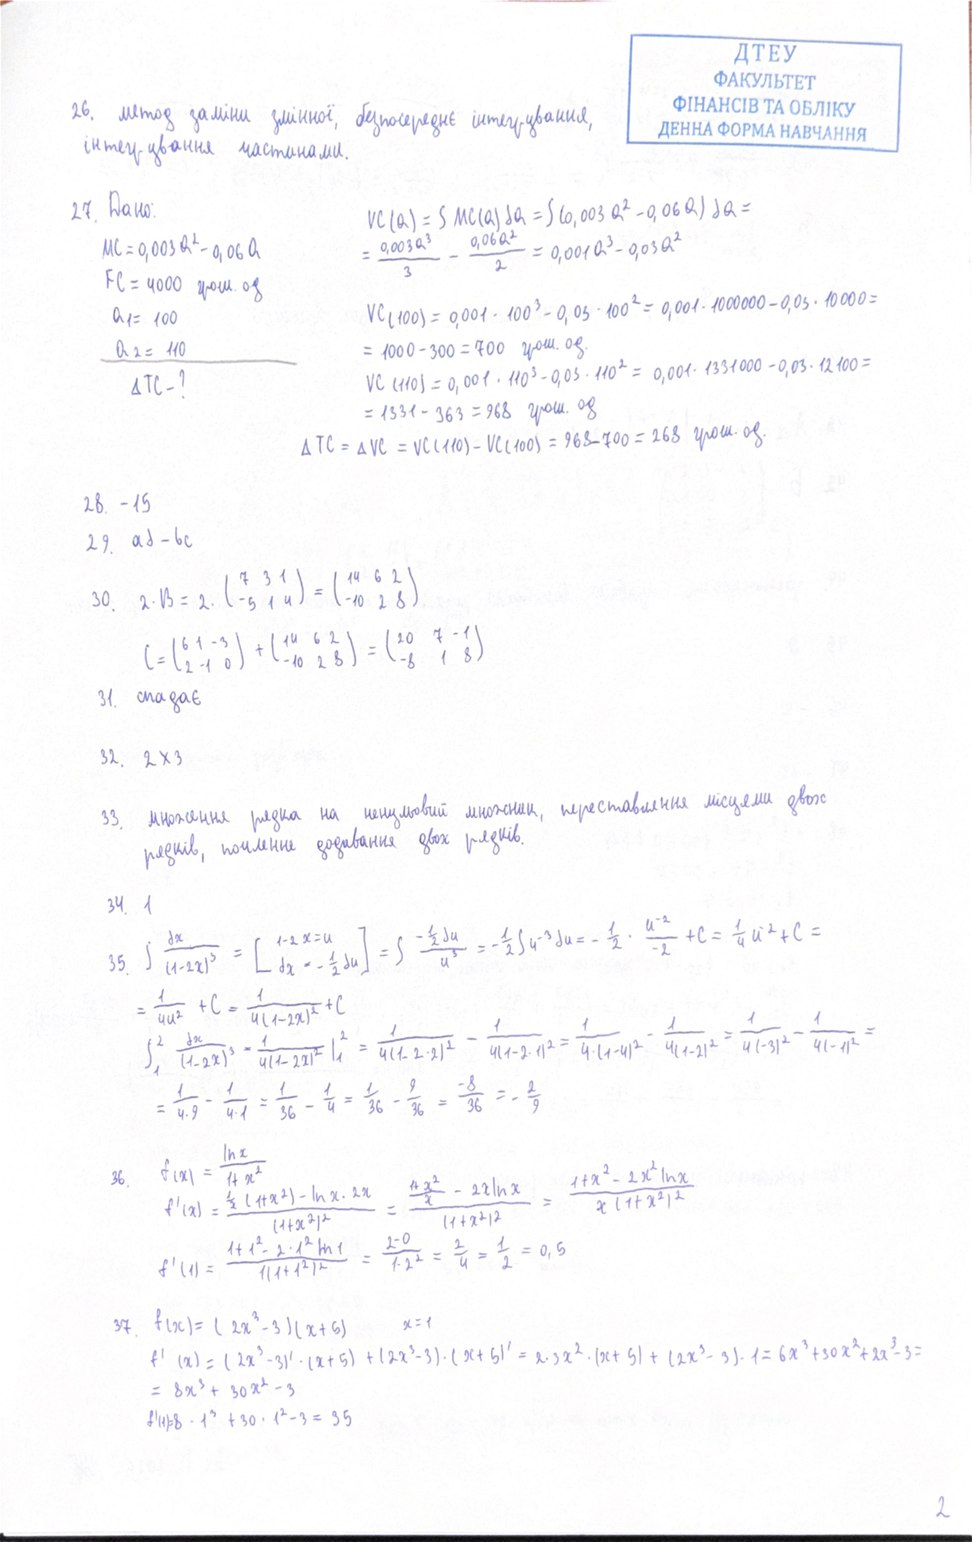
ДТЕУ
ФАКУЛЬТЕТ
ФІНАНСІВ ТА ОБЛІКУ
ДЕННО ФЕРМА НАВЧАННЯ
26. метод заміни змінної, безпосереднє інтегрування,
інтегрування частинами.
27. Дано:
VC(Q) = \int MC(Q) dQ = \int (0,003 Q^2 - 0,06 Q) dQ =
= \frac{0,003 Q^3}{3} - \frac{0,06 Q^2}{2} = 0,001 Q^3 - 0,03 Q^2
MC = 0,003 Q^2 - 0,06 Q
FC = 4000 грош. од
VC_{(100)} = 0,001 \cdot 100^3 - 0,03 \cdot 100^2 = 0,001 \cdot 1000 - 0,03 \cdot 1000 =
a1 = 100
= 1000 - 300 = 700 \text{ грош. од.}
a 2 = 110
VC(110) = 0,001 \cdot 110^3 - 0,03 \cdot 110^2 = 0,001 \cdot 1331000 - 0,03 \cdot 12100 =
ΔTC - ?
VC(110) = 0,001 \cdot 110^3 - 0,03 \cdot 110^2 \\ = 1331 - 363 = 968 \text{ грош. од}
\Delta TC = \Delta VC = VC(110) - VC(100) = 968 - 700 = 268 \text{ грош. од.}
28. - 15
29 ad - bc
30. \quad 2 \cdot B = 2 \cdot \begin{pmatrix} 7 & 3 & 1 \\ -5 & 1 & 4 \end{pmatrix} = \begin{pmatrix} 14 & 6 & 2 \\ -10 & 2 & 8 \end{pmatrix}
C = \begin{pmatrix} 6 & 1 & -3 \\ 2 & -1 & 0 \end{pmatrix} + \begin{pmatrix} 14 & 6 & 2 \\ -10 & 2 & 8 \end{pmatrix} = \begin{pmatrix} 20 & 7 & -1 \\ -8 & 1 & 8 \end{pmatrix}
31. спадає
32. 2 x 3
33. множення рядка на ненульовий множник, переставляння місцями двох
рядків, почленне додавання двох рядків.
34. 1
35 \int \frac{dx}{(1-2x)^3} = \left[ \begin{matrix} 1-2x=u \\ dx = -\frac{1}{2} du \end{matrix} \right] = \int \frac{-\frac{1}{2} du}{u^3} = -\frac{1}{2} \int u^{-3} du = -\frac{1}{2} \cdot \frac{u^{-2}}{-2} + C = \frac{1}{4} u^{-2} + C =
= \frac{1}{4u2} + C = \frac{1}{4(1-2х)2} + C
\int_{1}^{2} \frac{dx}{(1-2x)^3} = \left. \frac{1}{4(1-2x)^2} \right|_{1}^{2} = \frac{1}{4(1-2 \cdot 2)^2} - \frac{1}{4(1-2 \cdot 1)^2} = \frac{1}{4 \cdot (1-4)^2} - \frac{1}{4(1-2)^2} = \frac{1}{4(-3)^2} - \frac{1}{4(-1)^2} =
= \frac{1}{4 \cdot 9} - \frac{1}{4 \cdot 1} = \frac{1}{36} - \frac{1}{4} = \frac{1}{36} - \frac{9}{36} = \frac{-8}{36} = - \frac{2}{9}
36. \quad f(x) = \frac{\ln x}{1 + x^2} \\ f'(x) = \frac{\frac{1}{x}(1 + x^2) - \ln x \cdot 2x}{(1 + x^2)^2} = \frac{\frac{1 + x^2}{x} - 2x \ln x}{(1 + x^2)^2} = \frac{1 + x^2 - 2x^2 \ln x}{x(1 + x^2)^2}
f'(1) = \frac{1 + 1^2 - 2 \cdot 1^2 \ln 1}{1(1 + 1^2)^2} = \frac{2 - 0}{1 \cdot 2^2} = \frac{2}{4} = \frac{1}{2} = 0,5
37. f(x) = ( 2x^3 - 3 ) ( x + 5 )
x = 1
f'(x) = (2x^3 - 3)' \cdot (x + 5) + (2x^3 - 3) \cdot (x + 5)' = 2 \cdot 3x^2 \cdot (x + 5) + (2x^3 - 3) \cdot 1 = 6x^3 + 30x^2 + 2x^3 - 3 =
= 8x^3 + 30x^2 - 3
f'(1) = 8 \cdot 1^3 + 30 \cdot 1^2 - 3 = 35
2